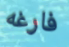
فارغه